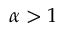
\alpha > 1